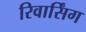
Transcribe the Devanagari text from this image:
रिवार्सिंग